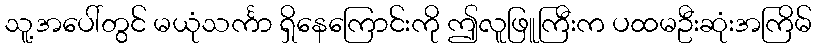
သူ့အပေါ်တွင် မယုံသင်္ကာ ရှိနေကြောင်းကို ဤလူဖြူကြီးက ပထမဦးဆုံးအကြိမ်